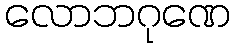
လောဘဂုဏေ